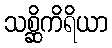
သစ္ဆိကိရိယာ